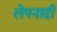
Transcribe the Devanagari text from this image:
लेपनादी